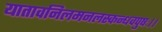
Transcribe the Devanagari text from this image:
यातावनिलमनलस्कन्धवपुषः।।